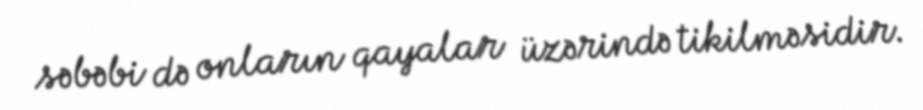
səbəbi də onların qayalar üzərində tikilməsidir.